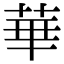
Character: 華